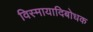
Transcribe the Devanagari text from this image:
विस्मायादिबोधक